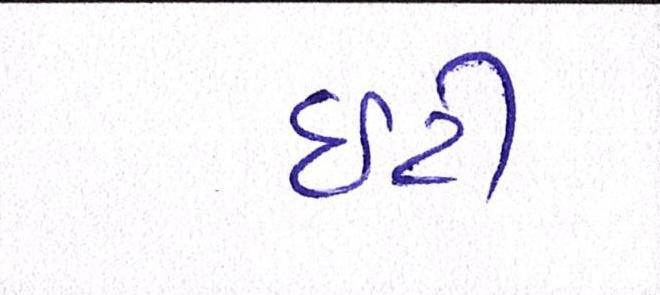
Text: ઇટી